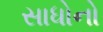
સાધોનો